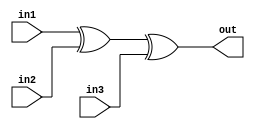
/*
    CS/ECE 552 Spring '20
    Homework #1, Problem 2

    3 input XOR
*/
module xor3 (in1,in2,in3,out);
   input wire in1,in2,in3;
   output wire out;
   assign out = in1 ^ in2 ^ in3;
endmodule